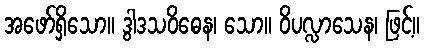
အဖော်ရှိသော။ ဒွါဒသဝိဓေန၊ သော။ ဝိပလ္လာသေန၊ ဖြင့်။